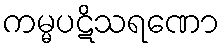
ကမ္မပဋိသရဏော